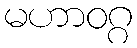
မဟာဝဂ္ဂ